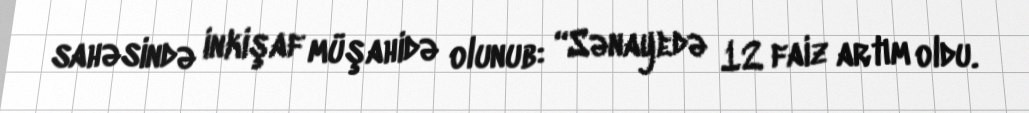
sahəsində inkişaf müşahidə olunub: “Sənayedə 12 faiz artım oldu.